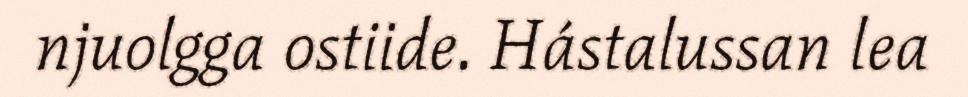
njuolgga ostiide. Hástalussan lea